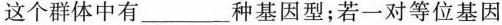
这个群体中有_____种基因型；若一对等位基因